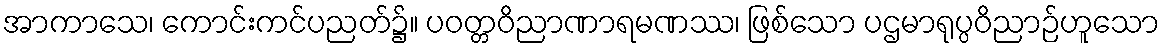
အာကာသေ၊ ကောင်းကင်ပညတ်၌။ ပဝတ္တဝိညာဏာရမဏဿ၊ ဖြစ်သော ပဌမာရုပ္ပဝိညာဉ်ဟူသော